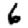
Digit: 6